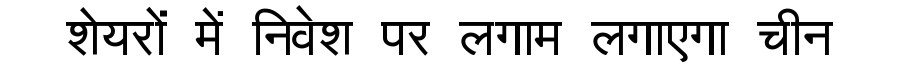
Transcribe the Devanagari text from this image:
शेयरों में निवेश पर लगाम लगाएगा चीन